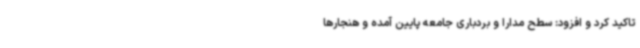
تاکید کرد و افزود: سطح مدارا و بردباری جامعه پایین آمده و هنجارها